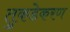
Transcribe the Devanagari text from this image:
तुकडेकरण